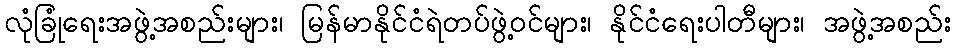
လုံခြုံရေးအဖွဲ့အစည်းများ၊ မြန်မာနိုင်ငံရဲတပ်ဖွဲ့ဝင်များ၊ နိုင်ငံရေးပါတီများ၊ အဖွဲ့အစည်း